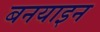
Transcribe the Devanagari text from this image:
बनयाइन